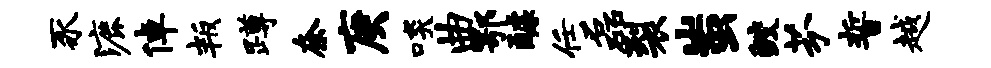
豕漉倬叛蹲奈庚啖曲鄂醵任磊裂蚩鲛芬誓越